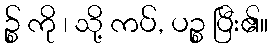
ဉ္စ် ကို ၊ သို့ ကပ်, ပဉ္စ ပြီး၏။